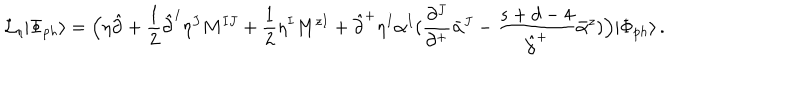
{ \cal L } _ { \eta } | \Phi _ { p h } \rangle = \Bigl ( \eta \hat { \partial } + \frac { 1 } { 2 } \hat { \partial } ^ { I } \eta ^ { J } M ^ { I J } + \frac { 1 } { 2 } \eta ^ { I } M ^ { z I } + \hat { \partial } ^ { + } \eta ^ { I } \alpha ^ { I } ( \frac { \partial ^ { J } } { \partial ^ { + } } \bar { \alpha } ^ { J } - \frac { s + d - 4 } { \hat { \partial } ^ { + } } \bar { \alpha } ^ { z } ) \Bigr ) | \Phi _ { p h } \rangle \, .